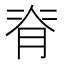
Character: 脊